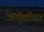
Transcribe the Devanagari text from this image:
लॅकॅशीयर